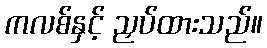
ကလစ်နှင့် ညှပ်ထားသည်။